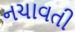
નચાવતી